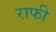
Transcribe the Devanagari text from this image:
राफी